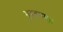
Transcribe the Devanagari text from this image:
मुदतमम्।।